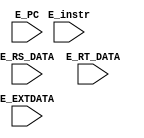
`timescale 1ns / 1ps
//////////////////////////////////////////////////////////////////////////////////
// Company: 
// Engineer: 
// 
// Design Name: 
// Module Name:    E 
// Project Name: 
// Target Devices: 
// Tool versions: 
// Description: 
//
// Dependencies: 
//
// Revision: 
// Revision 0.01 - File Created
// Additional Comments: 
//
//////////////////////////////////////////////////////////////////////////////////
module E(
    input [31:0] E_instr,
    input [31:0] E_PC,
    input [31:0] E_RS_DATA,
    input [31:0] E_RT_DATA,
    input [31:0] E_EXTDATA
    );

    

endmodule